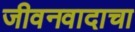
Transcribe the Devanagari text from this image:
जीवनवादाचा